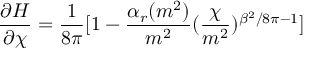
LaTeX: \frac { \partial H } { \partial \chi } = \frac { 1 } { 8 \pi } [ 1 - \frac { \alpha _ { r } ( m ^ { 2 } ) } { m ^ { 2 } } ( \frac { \chi } { m ^ { 2 } } ) ^ { \beta ^ { 2 } / 8 \pi - 1 } ]